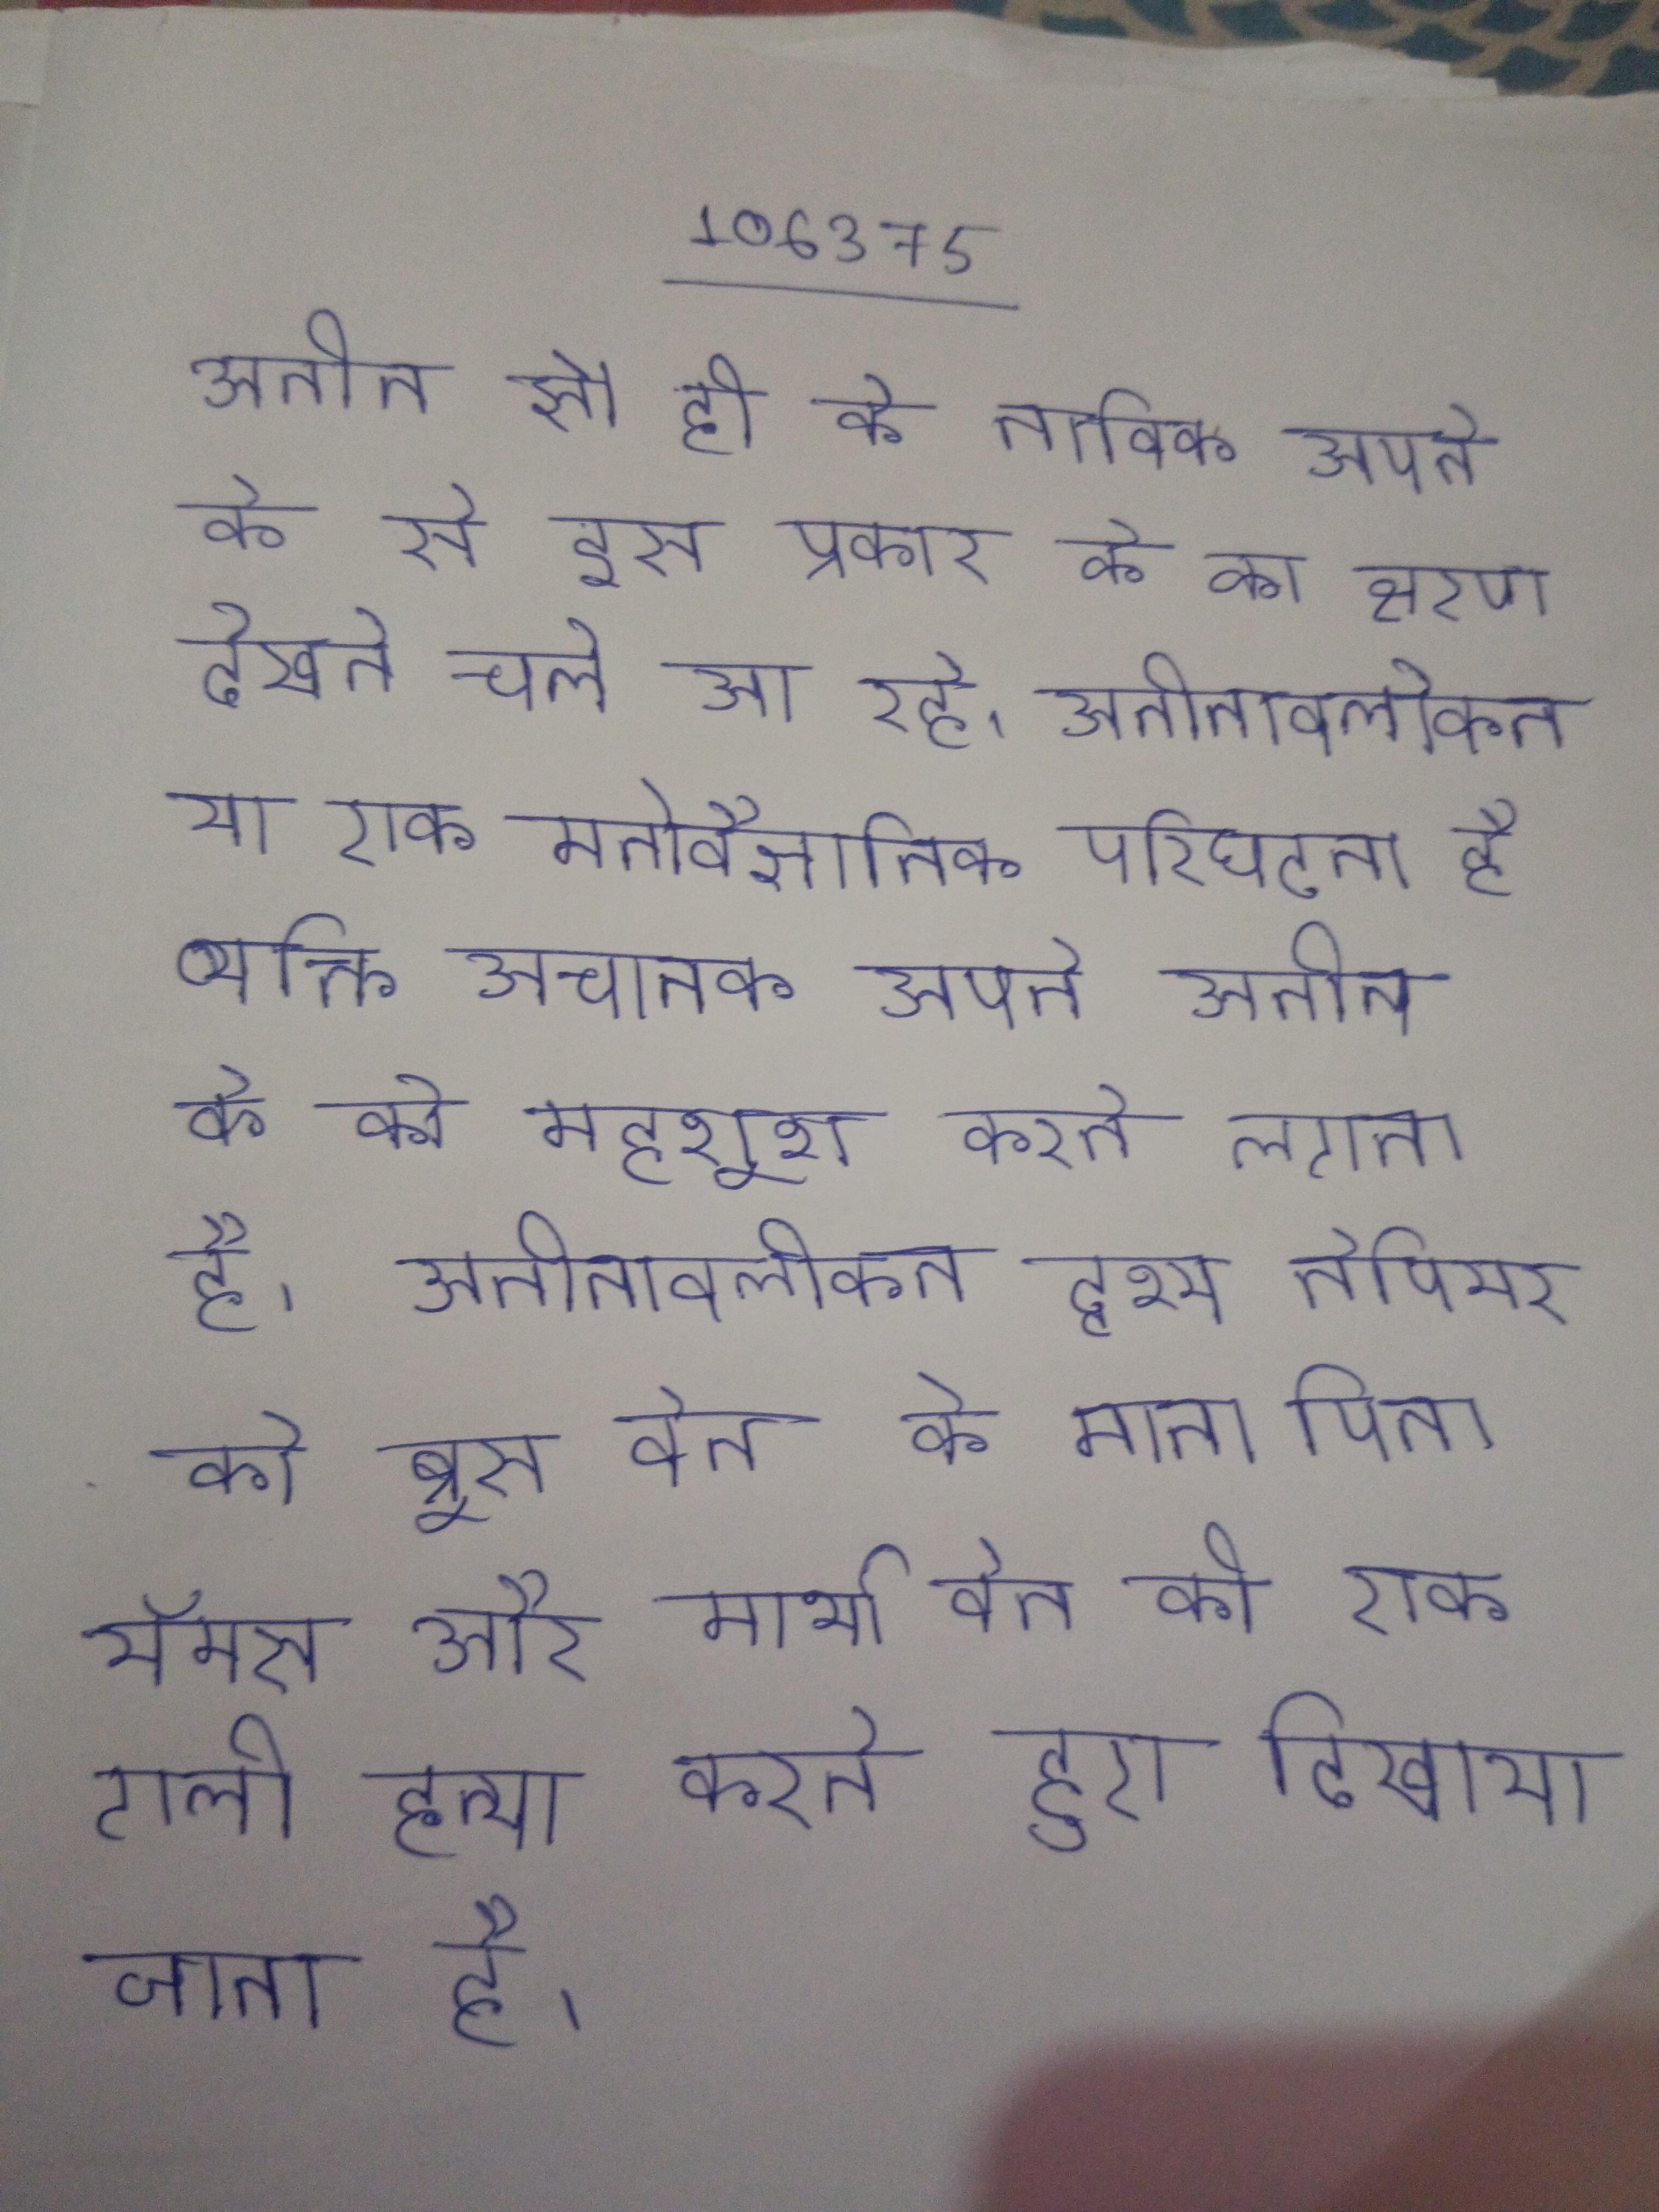
अतीत से ही के नाविक अपने के से इस प्रकार के का क्षरण देखते चले आ रहे । अतीतावलोकन या एक मनोवैज्ञानिक परिघटना है व्यक्ति अचानक अपने अतीत के को महशूश करने लगता है । अतीतावलोकन दृश्य नेपियर को ब्रूस वेन के माता पिता, थॉमस और मार्था वेन की एक गली हत्या करते हुए दिखाया जाता है ।